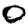
Digit: 0